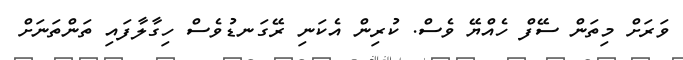
ވަރަށް މިތަން ސޭފް ހެއްޔޭ ވެސް. ކުރިން އެކަނި ރޭގަނޑުވެސް ހިގާލާފައި ތަންތަނަށް